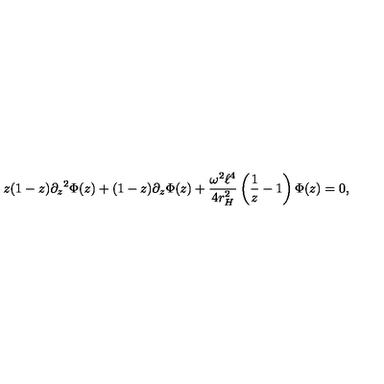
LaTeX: z ( 1 - z ) { \partial _ { z } } ^ { 2 } \Phi ( z ) + ( 1 - z ) \partial _ { z } \Phi ( z ) + \frac { \omega ^ { 2 } \ell ^ { 4 } } { 4 r _ { H } ^ { 2 } } \left( \frac { 1 } { z } - 1 \right) \Phi ( z ) = 0 ,